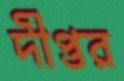
দীপ্তর